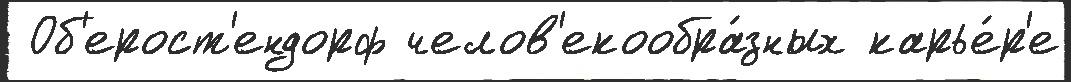
 Об'ерост'ендорф челов'екообра́зных карье́р'е